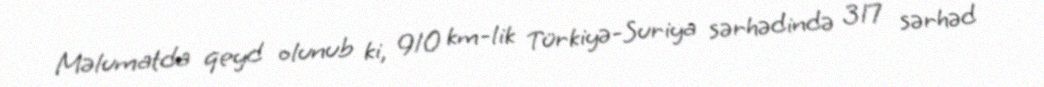
Məlumatda qeyd olunub ki, 910 km-lik Türkiyə-Suriya sərhədində 317 sərhəd